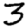
Digit: 3